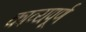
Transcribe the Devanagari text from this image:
काव्यपूर्ण